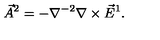
\vec { A } ^ { 2 } = - \nabla ^ { - 2 } \nabla \times \vec { E } ^ { 1 } .